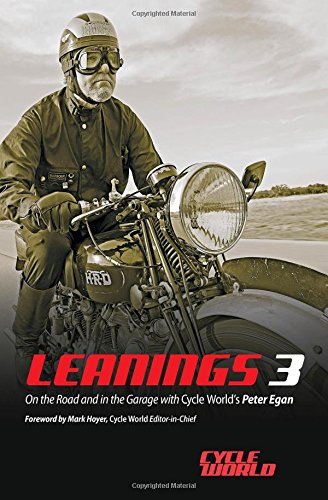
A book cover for Leanings 3: On the Road and in the Garage with Cycle World's Peter Egan; Peter Egan; Engineering & Transportation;